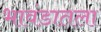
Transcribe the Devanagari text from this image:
भावंडातला